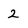
Character: 2